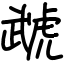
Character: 虣